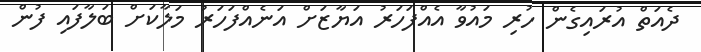
ދެއަތް އުރައިގެން ހުރި މައުވާ އެއްފަހަރު އަޔާޒަށް އަނެއްފަހަރު މަލާކަށް ބަލާފައި ފުން